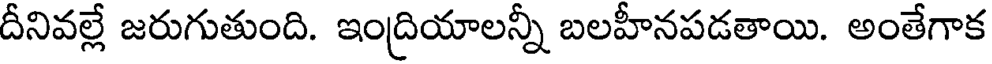
దీనివల్లే జరుగుతుంది. ఇంద్రియాలన్నీ బలహీనపడతాయి. అంతేగాక